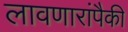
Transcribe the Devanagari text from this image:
लावणारांपैकी